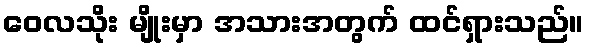
ဝေလသိုး မျိုးမှာ အသားအတွက် ထင်ရှားသည်။